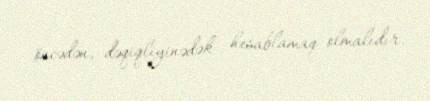
öncədən, dəqiqliyinədək hesablamaq olmalıdır.